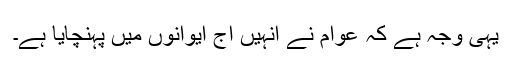
یہی وجہ ہے کہ عوام نے انہیں آج ایوانوں میں پہنچایا ہے۔